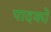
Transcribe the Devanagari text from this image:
पादकों